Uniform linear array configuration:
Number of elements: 16
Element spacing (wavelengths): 0.5
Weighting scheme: kaiser
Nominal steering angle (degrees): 15
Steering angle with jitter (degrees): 13.404
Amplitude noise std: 0.05
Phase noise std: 0.05

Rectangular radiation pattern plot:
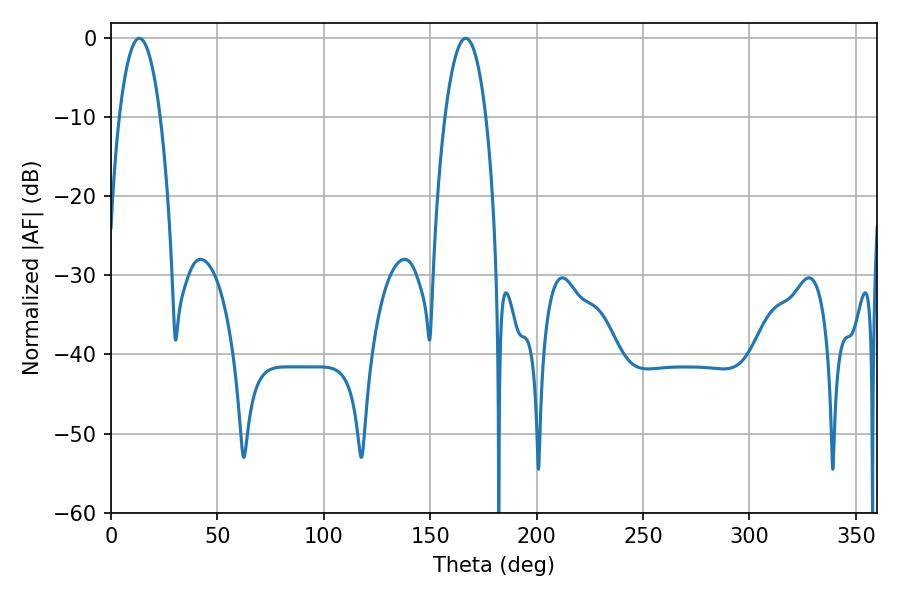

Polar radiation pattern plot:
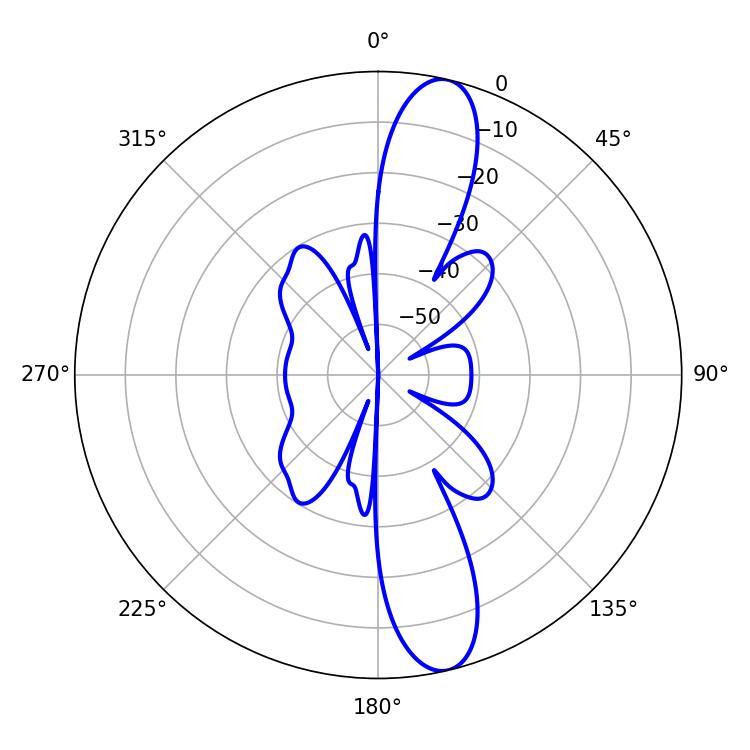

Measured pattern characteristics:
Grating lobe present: FALSE
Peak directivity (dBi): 13.355
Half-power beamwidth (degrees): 10.62
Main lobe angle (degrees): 13.32